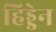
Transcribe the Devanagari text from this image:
हिड्डेन